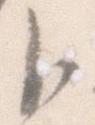
卜